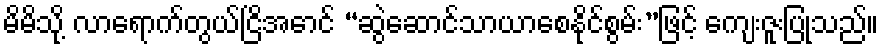
မိမိသို့ လာရောက်တွယ်ငြိအောင် “ဆွဲဆောင်သာယာစေနိုင်စွမ်း”ဖြင့် ကျေးဇူးပြုသည်။